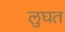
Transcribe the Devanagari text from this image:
लुघत